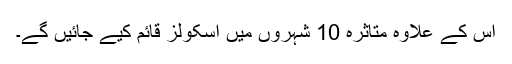
اس کے علاوہ متاثرہ 10 شہروں میں اسکولز قائم کیے جائیں گے۔